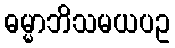
ဓမ္မာဘိသမယပဥ